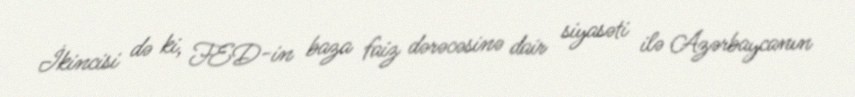
İkincisi də ki, FED-in baza faiz dərəcəsinə dair siyasəti ilə Azərbaycanın